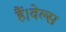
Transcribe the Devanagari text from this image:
हैं।वेल्स